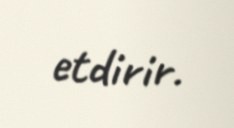
etdirir.